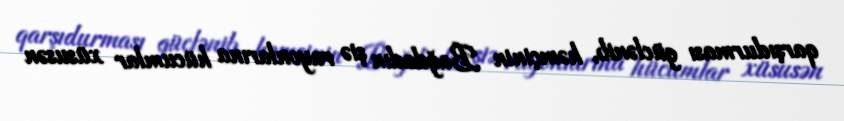
qarşıdurması güclənib, həmçinin Bağdadın şiə rayonlarına hücumlar xüsusən